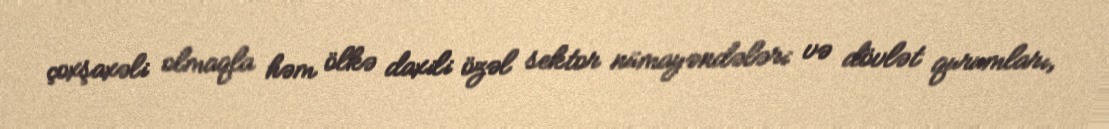
çoxşaxəli olmaqla həm ölkə daxili özəl sektor nümayəndələri və dövlət qurumları,